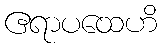
ဧရာပထေဟိ